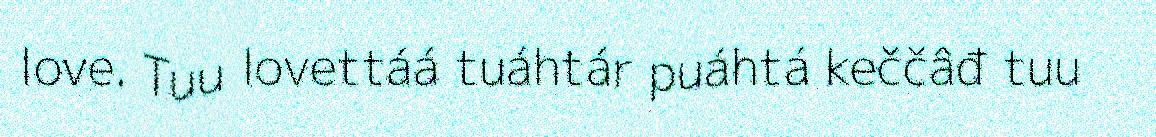
love. Tuu lovettáá tuáhtár puáhtá keččâđ tuu